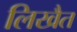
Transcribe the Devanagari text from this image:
लिखैत